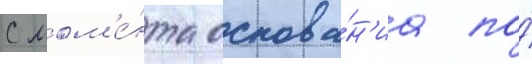
С мом'е́нта основа́н'иа по́